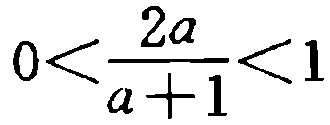
\(0<\frac{2a}{a + 1}<1\)